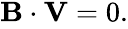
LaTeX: \begin{array}{r}{{\mathbf B}\cdot{\mathbf V}=0.}\end{array}